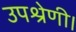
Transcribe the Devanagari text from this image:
उपश्रेणी।